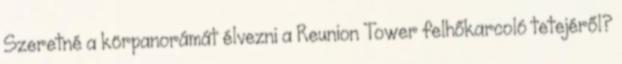
Szeretné a körpanorámát élvezni a Reunion Tower felhőkarcoló tetejéről?